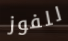
للفوز